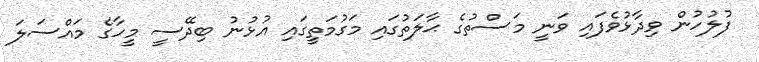
ފުލުހުން ވިދާޅުވެފައި ވަނީ މަސްތުގެ ޙާލަތުގައި މަގުމަތީގައި އުޅުނު ބިދޭސީ މީހާގެ މައްސަލަ